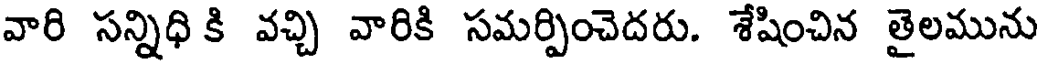
వారి సన్నిధి కి వచ్చి వారికి సమర్పించెదరు. శేషించిన తైలమును